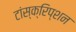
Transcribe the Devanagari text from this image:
टांस्क्रिप्शन